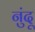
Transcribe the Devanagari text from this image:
नुंदू